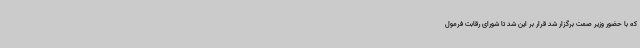
که با حضور وزیر صمت برگزار شد قرار بر این شد تا شورای رقابت فرمول